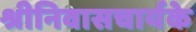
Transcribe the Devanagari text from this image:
श्रीनिवासचार्यके